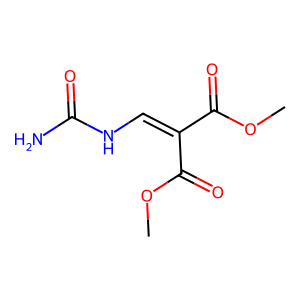
SMILES: COC(=O)C(=CNC(N)=O)C(=O)OC
Inhibits HIV replication: No